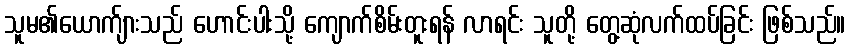
သူမ၏ယောက်ျားသည် ဟောင်းပါးသို့ ကျောက်စိမ်းတူးရန် လာရင်း သူတို့ တွေ့ဆုံလက်ထပ်ခြင်း ဖြစ်သည်။